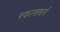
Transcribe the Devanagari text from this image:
स्कासबर्ग